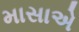
માસાએ